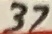
Text: 37